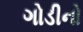
ગોડીનો